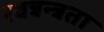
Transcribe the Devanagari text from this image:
स्वत्रन्त्रता